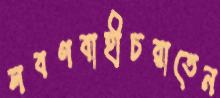
লবণবাহীচরাতেন